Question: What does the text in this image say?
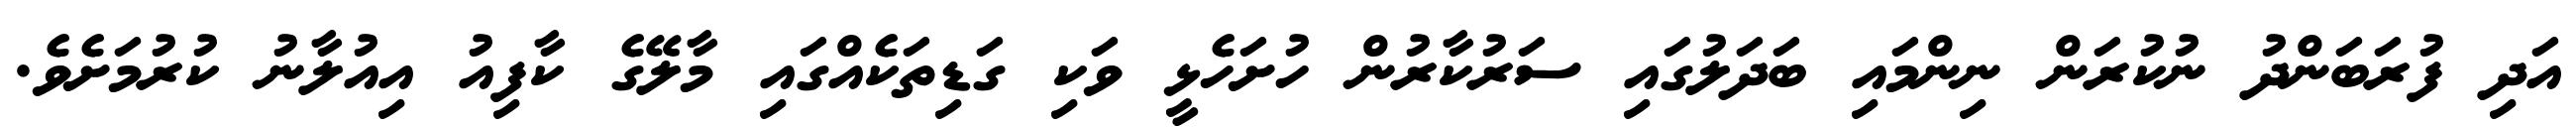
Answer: އަދި ފުރަބަންދު ނުކުރަން ނިންމައި ބަދަލުގައި ސަރުކާރުން ހުށަހެޅީ ވަކި ގަޑިތަކެއްގައި މާލޭގެ ކާފިއު އިއުލާނު ކުރުމަށެވެ.